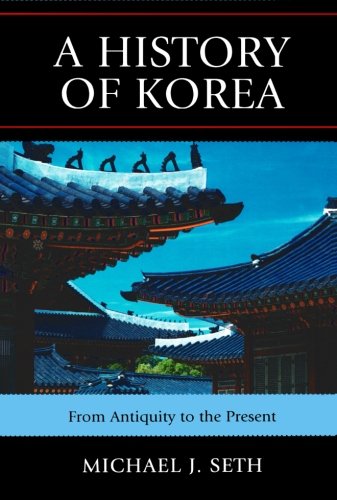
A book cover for A History of Korea: From Antiquity to the Present; Michael J. Seth; History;